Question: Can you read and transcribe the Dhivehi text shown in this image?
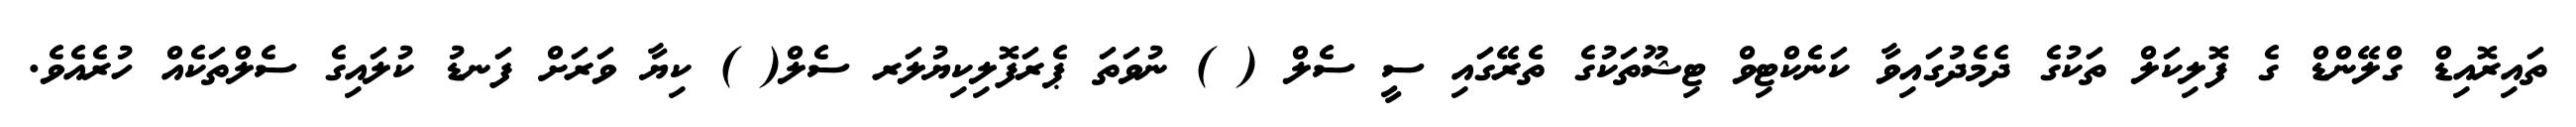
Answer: ތައިރޮއިޑް ގްލޭންޑް ގެ ފޮލިކަލް ތަކުގެ ދެމެދުގައިވާ ކަނެކްޓިވް ޓިޝޫތަކުގެ ތެރޭގައި ސީ ސެލް ( ) ނުވަތަ ޕެރަފޮލިކިޔުލަރ ސެލް( ) ކިޔާ ވަރަށް ފަނޑު ކުލައިގެ ސެލްތަކެއް ހުރެއެވެ.